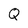
Character: Q